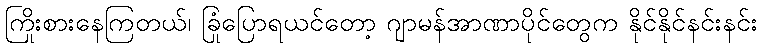
ကြိုးစားနေကြတယ်၊ ခြုံပြောရယင်တော့ ဂျာမန်အာဏာပိုင်တွေက နိုင်နိုင်နင်းနင်း